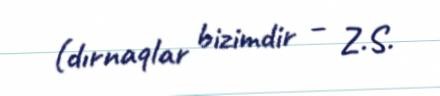
(dırnaqlar bizimdir – Z.S.